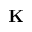
\textbf { K }